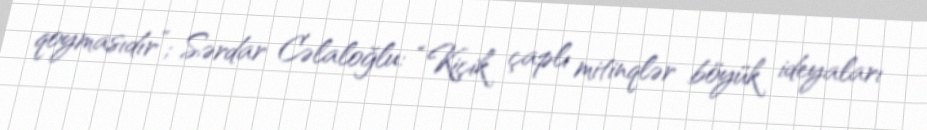
qoymasıdır”; Sərdar Cəlaloğlu: “Kiçik çaplı mitinqlər böyük ideyaları